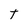
Character: t